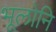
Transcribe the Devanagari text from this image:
भूलोनि